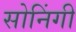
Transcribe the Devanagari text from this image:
सोनिंगी